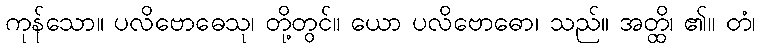
ကုန်သော။ ပလိဗောဓေသု၊ တို့တွင်။ ယော ပလိဗောဓော၊ သည်။ အတ္ထိ၊ ၏။ တံ၊